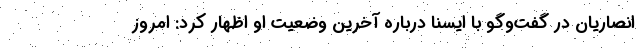
انصاریان در گفت‌وگو با ایسنا درباره آخرین وضعیت او اظهار کرد: امروز